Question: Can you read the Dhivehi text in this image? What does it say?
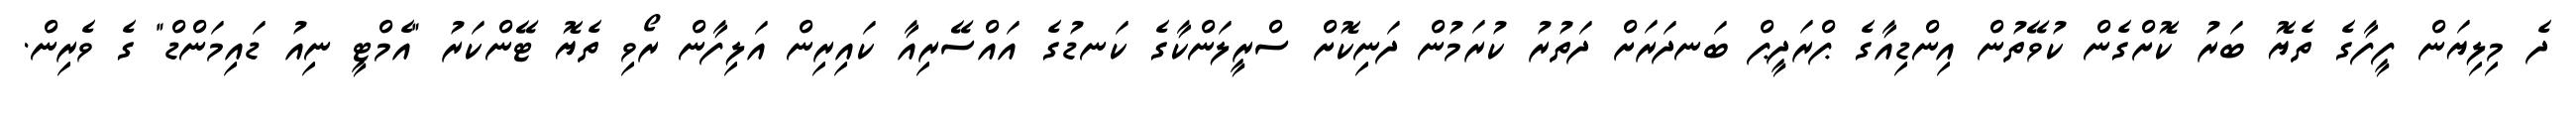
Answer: ދެ މިލިޔަން ފީފާގެ ތެޔޮ ބަރު ކޮށްގެން ކުވޭތުން އިންޑިއާގެ ޕްރަދީޕް ބަނދަރަށް ދަތުރު ކުރަމުން ދަނިކޮށް ސްރީލަންކާގެ ކަނޑުގެ އައްސޭރިއާ ކައިރިން އަލިފާން ރޯވި ތެޔޮ ޓޭންކަރު "އެމްޓީ ނިއު ޑައިމަންޑް" ގެ ވެރިން.